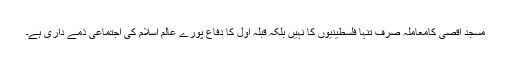
مسجد اقصیٰ کامعاملہ صرف تنہا فلسطینیوں کا نہیں بلکہ قبلہ اول کا دفاع پورے عالم اسلام کی اجتماعی ذمے داری ہے۔